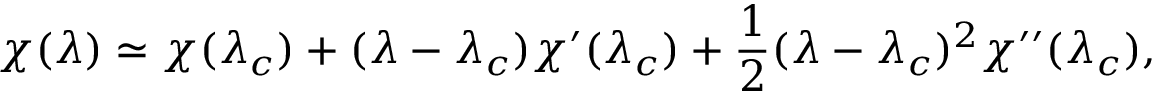
\chi ( \lambda ) \simeq \chi ( \lambda _ { c } ) + ( \lambda - \lambda _ { c } ) \chi ^ { \prime } ( \lambda _ { c } ) + { \frac { 1 } { 2 } } ( \lambda - \lambda _ { c } ) ^ { 2 } \chi ^ { \prime \prime } ( \lambda _ { c } ) ,